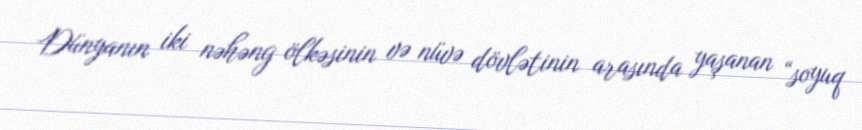
Dünyanın iki nəhəng ölkəsinin və nüvə dövlətinin arasında yaşanan “soyuq